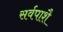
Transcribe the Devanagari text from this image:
सर्वपाशै